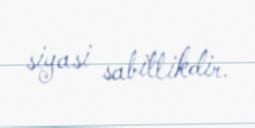
siyasi sabitlikdir.